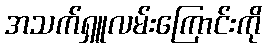
အသက်ရှူလမ်းကြောင်းကို